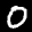
Digit: 0